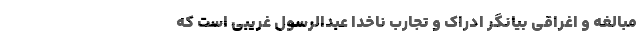
مبالغه و اغراقی بیانگر ادراک و تجارب ناخدا عبدالرسول غریبی است که